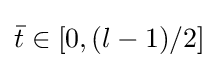
{\bar {t}}\in [0,(l-1)/2]